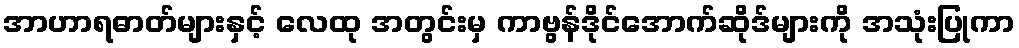
အာဟာရဓာတ်များနှင့် လေထု အတွင်းမှ ကာဗွန်ဒိုင်အောက်ဆိုဒ်များကို အသုံးပြုကာ